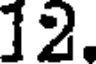
12.